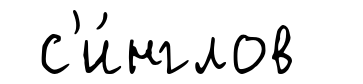
с'и́нглов